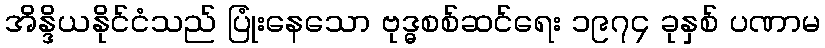
အိန္ဒိယနိုင်ငံသည် ပြုံးနေသော ဗုဒ္ဓစစ်ဆင်ရေး ၁၉၇၄ ခုနှစ် ပဏာမ